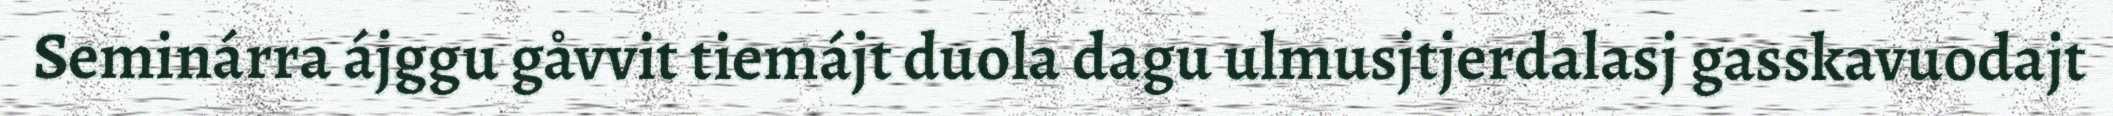
Seminárra ájggu gåvvit tiemájt duola dagu ulmusjtjerdalasj gasskavuodajt